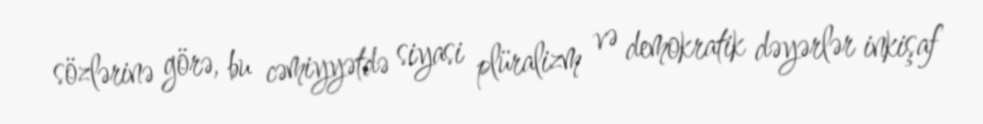
sözlərinə görə, bu cəmiyyətdə siyasi plüralizm və demokratik dəyərlər inkişaf